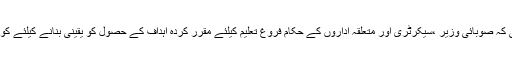
وزیراعلیٰ نے ہدایت کی کہ صوبائی وزیر ،سیکرٹری اور متعلقہ اداروں کے حکام فروغ تعلیم کیلئے مقرر کردہ اہداف کے حصول کو یقینی بنانے کیلئے کوئی کسر اٹھا نہ رکھیں ۔